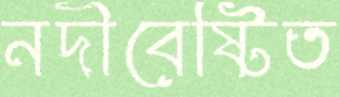
নদীবেষ্টিত